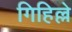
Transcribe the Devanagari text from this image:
गिहिल्ले